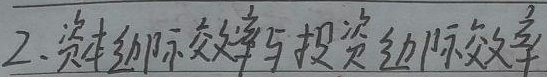
2. 资本边际效率与投资边际效率